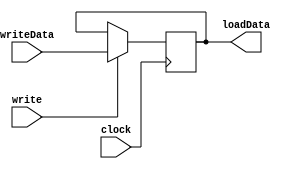
module InstructionRegister(
	input         clock,
	input         write,
	input [0:15]  writeData,
	output [0:15] loadData);

	reg [15:0]    out = 16'b0;

	always @ (posedge clock) begin
		if (write) out = writeData;
	end

	assign loadData = out;
endmodule